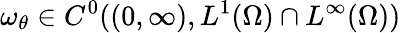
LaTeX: \omega_{\theta}\in C^{0}((0,\infty),L^{1}(\Omega)\cap L^{\infty}(\Omega))